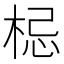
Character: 梞